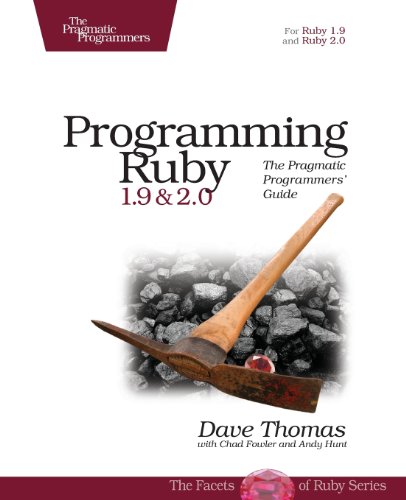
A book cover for Programming Ruby 1.9 & 2.0: The Pragmatic Programmers' Guide (The Facets of Ruby); Dave Thomas; Computers & Technology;